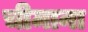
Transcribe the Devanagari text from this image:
चीमाना